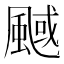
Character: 䬎